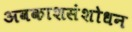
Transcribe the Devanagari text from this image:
अवकाशसंशोधन